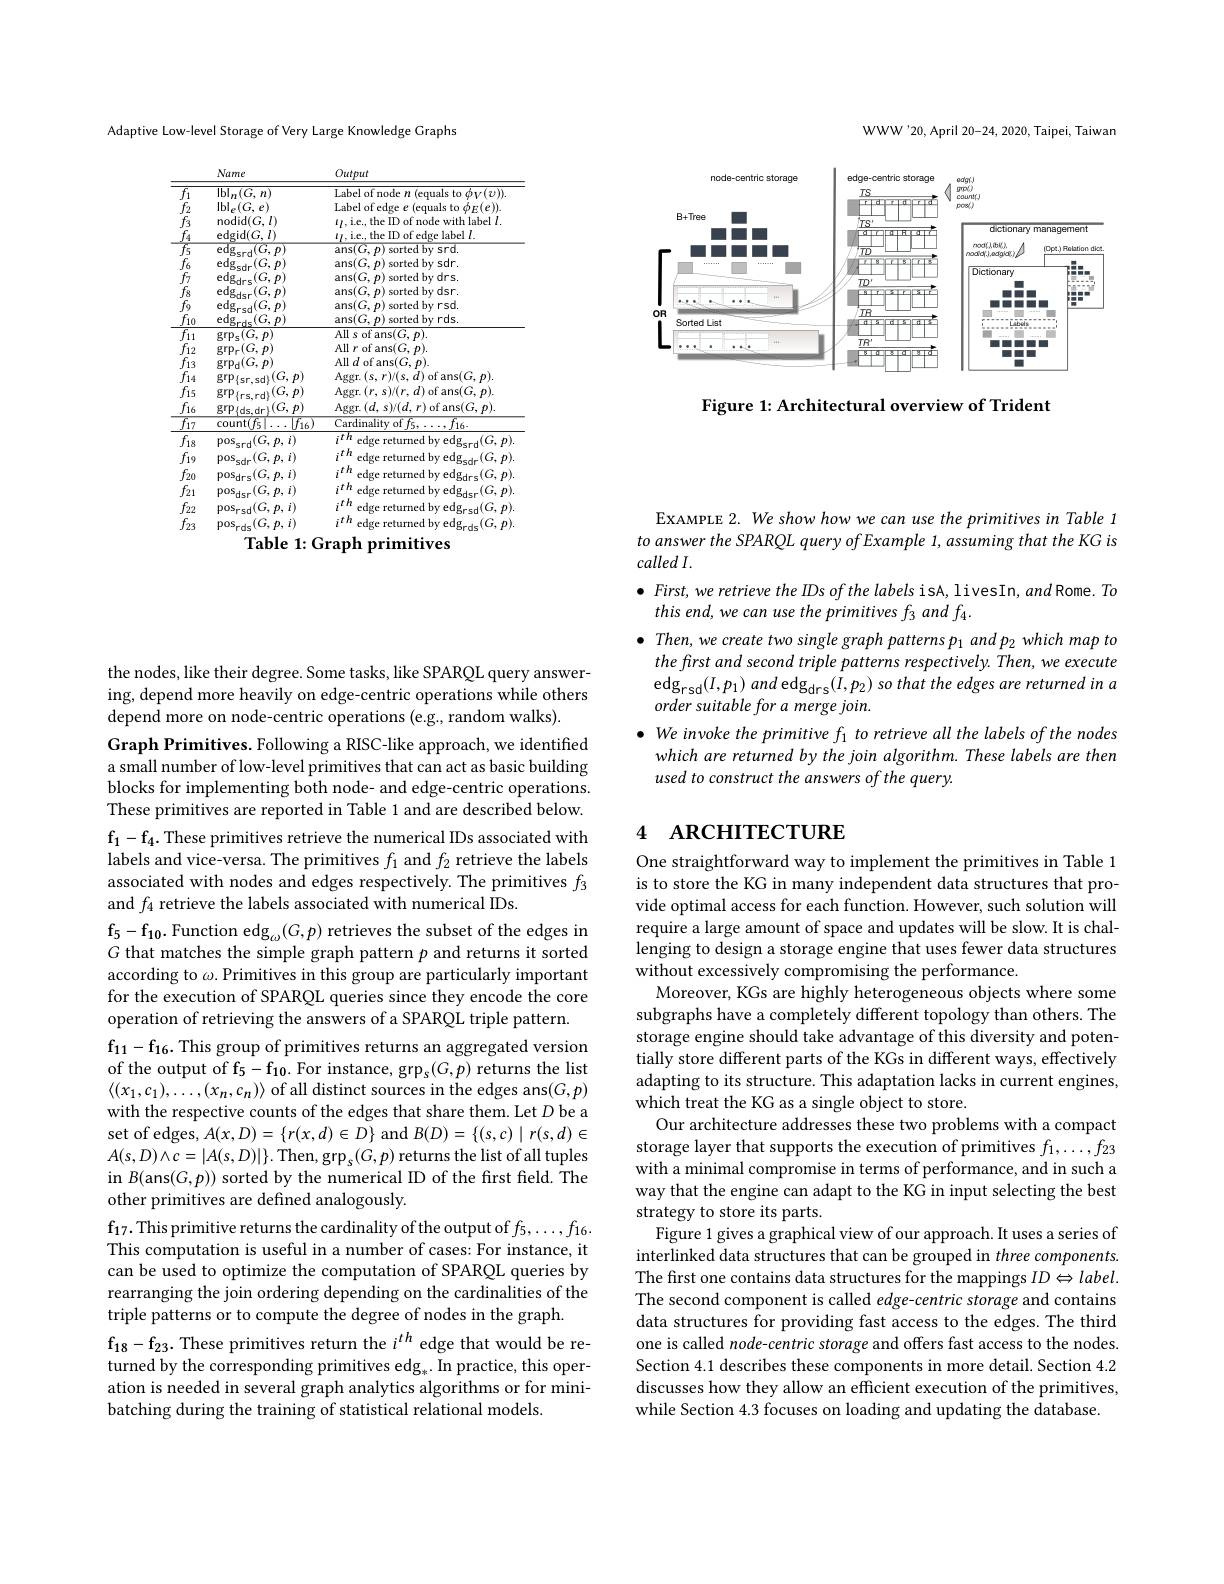
Adaptive Low-level Storage of Very Large Knowledge Graphs

<table>
	<tbody>
		<tr>
			<th> </th>
			<th>Name</th>
			<th>Output</th>
		</tr>
		<tr>
			<td>$\overline{f_{1}}$</td>
			<td>$\operatorname{Ibl}_n(G,n)$</td>
			<td>$\overline{\text{Label of node }n\text{ (equals to }\phi_V(v)).}$</td>
		</tr>
		<tr>
			<td>$f_{2}$ 1</td>
			<td>$\mathrm{Ibl}_{e}(G,e)$</td>
			<td>Label of edge $e$ (equals to $\phi_E(e)).$</td>
		</tr>
		<tr>
			<td>$f_{3}$</td>
			<td>${\mathrm{nodid}}(G,l)$</td>
			<td>$\iota_{I,\mathrm{~i.e.,~the~ID~of~node~with~label~}I}.$</td>
		</tr>
		<tr>
			<td>$f_{A}$</td>
			<td>$\operatorname{edgid}(G,l)$</td>
			<td>$u.ie.theIDofedgelabell.$</td>
		</tr>
		<tr>
			<td>$\overline{f_{5}}$</td>
			<td>$edg.$ $rd(G,p)$</td>
			<td>ans(G.p)s sorted bv srd</td>
		</tr>
		<tr>
			<td>$f_{L}$</td>
			<td>edg</td>
			<td>$ans(G,p)$ sorted bv sdr.</td>
		</tr>
		<tr>
			<td>$f_{7}$</td>
			<td>edg</td>
			<td>$ans(G,p)$ sorted by drs</td>
		</tr>
		<tr>
			<td>$F_{r}$</td>
			<td> </td>
			<td>ans(G,n) sorted hv dsr</td>
		</tr>
		<tr>
			<td>$f_{a}$</td>
			<td>2</td>
			<td>ans(G,n) snri ted by rsd</td>
		</tr>
		<tr>
			<td> </td>
			<td> </td>
			<td>ans(G,n) ST edbvrds</td>
		</tr>
		<tr>
			<td> </td>
			<td> </td>
			<td>AII s $of_{2ne}(c$ n</td>
		</tr>
		<tr>
			<td>$f_{13}$</td>
			<td>$\operatorname{grp}_{\mathrm{d}}(G,p)$</td>
			<td>All $d$ of ans$(G,p).$</td>
		</tr>
		<tr>
			<td>14 1</td>
			<td>$\operatorname{grp}\{sr,sd\}$</td>
			<td>LART. $i,r)/(s,d)$ ot ans$(G,p).$ 1.5.</td>
		</tr>
		<tr>
			<td>15 1 1 1 1</td>
			<td>$\operatorname{grp}_{\{\mathrm{rs,rd}\}}$</td>
			<td>$\operatorname{Aggr.}\left(r,\right)$ $s)/(r,d)$ of ans$(G,p).$ $\therefore\angle AC=\angle AC$</td>
		</tr>
		<tr>
			<td>16 1</td>
			<td>$\operatorname{grp}\{$ds,dr$\}$ $(G,p)$</td>
			<td>Aggr. $( d, s) / ( d, r)$ of ans$(G,p).$</td>
		</tr>
		<tr>
			<td>17 1</td>
			<td>count</td>
			<td>Cardinality of $f_5, \ldots$ $,f_{16}.$</td>
		</tr>
		<tr>
			<td>$f_{18}$</td>
			<td>$\mathrm{pos}_{\mathrm{srd}}(G,p,i)$</td>
			<td>$:TI.$ edge returned by edgsrd$(G,p)$</td>
		</tr>
		<tr>
			<td>$f_{19}$ 、</td>
			<td>$\mathrm{pos}_{\mathrm{sdr}}(G,p,i)$</td>
			<td>edge returned by edg$_{\mathrm{sdr}}(G,p)$</td>
		</tr>
		<tr>
			<td>$f_{20}$</td>
			<td>$\mathrm{pos}_{\mathrm{drs}}(G,p,i)$</td>
			<td>edge returned by edg$_{\mathrm{drs}}(G,p)$</td>
		</tr>
		<tr>
			<td>$f_{21}$</td>
			<td>$\mathrm{pos}_{\mathrm{dsr}}(G,p,i)$</td>
			<td>edge returned by edg$_{\mathrm{dsr}}(G,p)$ $:Tr$</td>
		</tr>
		<tr>
			<td>$f_{22}$</td>
			<td>$\mathrm{pos}_{\mathrm{rsd}}(G,p,i)$</td>
			<td>edge returned by edgrsd$(G,p)$</td>
		</tr>
		<tr>
			<td>$f_{23}$</td>
			<td>$\mathrm{pos}_{\mathrm{rds}}(G,p,i)$</td>
			<td>$:TI.$ edge returned by edg$_\mathrm{rds}(G,p)$</td>
		</tr>
	</tbody>
</table>

Table 1: Graph primitives

WWW'20, April 20-24, 2020, Taipei, Taiwan

<FigureHere>

Figure 1: Architectural overview of Trident

the nodes, like their degree. Some tasks, like SPARQL query answering, depend more heavily on edge-centric operations while others depend more on node-centric operations (e.g., random walks).
Graph Primitives. Following a RISC-like approach, we identified a small number of low-level primitives that can act as basic building blocks for implementing both node- and edge-centric operations. These primitives are reported in Table 1 and are described below. $\mathbf{f}_1-\mathbf{f}_4.$ These primitives retrieve the numerical IDs associated with labels and vice-versa. The primitives $f_1$ and $f_2$ retrieve the labels associated with nodes and edges respectively. The primitives $f_3$ and $f_{4}$ retrieve the labels associated with numerical IDs.
$\mathrm{f}_5-\mathrm{f}_{10}.$ Function edg$_\omega(G,p)$ retrieves the subset of the edges in $G$ that matches the simple graph pattern $p$ and returns it sorted according to $\omega$.Primitives in this group are particularly important for the execution of SPARQL queries since they encode the core operation of retrieving the answers of a SPARQL triple pattern.
$f_{11}$- $f_{16}$. This group of primitives returns an aggregated version of the output of f$\mathrm f_5-f_{10}.$ For instance, grp$_s(G,p)$ returns the list $\langle(x_1,c_1),\ldots,(x_n,c_n)\rangle$ of all distinct sources in the edges ans$(G,p)$ with the respective counts of the edges that share them. Let $D$ be a set of edges, $A(x,D)=\{r(x,d)\in D\}$ and $B(D)=\{(s,c)\mid r(s,d)\in$ $A(s,D)\wedge c=|A(s,D)|\}.$ Then, grp$_s(G,p)$ returns the list of all tuples in $B($ans$(G,p))$ sorted by the numerical ID of the first field. The other primitives are defined analogously.
$\mathrm{f}_{17}.$ This primitive returns the cardinality of the output of $f_5,\ldots,f_{16}.$ This computation is useful in a number of cases: For instance, it can be used to optimize the computation of SPARQL queries by rearranging the join ordering depending on the cardinalities of the triple patterns or to compute the degree of nodes in the graph.
$f_{18}$- $f_{23}$. These primitives return the $i^{th}$ edge that would be returned by the corresponding primitives edg$_*.$ In practice, this operation is needed in several graph analytics algorithms or for minibatching during the training of statistical relational models

EXAMPLE 2. We show how we can use the primitives in Table 1 to answer the SPARQL query of Example 1, assuming that the KG is $calledI.$
$\bullet$ First, we retrieve the IDs of the labels isA, livesIn, and Rome. To
this end, we can use the primitives f3 and f4.
$\bullet$ Then, we create two single graph patterns p and p2 which map to
the frst and second triple patterns respectively. Then, we execute edg$_\mathrm{rsd}(I,p_1)$ and edg$_\mathrm{drs}(I,p_2)$ so that the edges are retumed in a order suitable for a merge join.
$\bullet$ We invoke the primitive f to retrieve all the labels of the nodes
which are returned by the join algorithm. These labels are then
used to construct the answers of the query.

# 4 ARCHITECTURE

One straightforward way to implement the primitives in Table 1 is to store the KG in many independent data structures that provide optimal access for each function. However, such solution will require a large amount of space and updates will be slow. It is challenging to design a storage engine that uses fewer data structures without excessively compromising the performance.
Moreover, KGs are highly heterogeneous objects where some subgraphs have a completely different topology than others. The storage engine should take advantage of this diversity and potentially store different parts of the KGs in different ways, effectively adapting to its structure. This adaptation lacks in current engines, which treat the KG as a single object to store.
Our architecture addresses these two problems with a compact storage layer that supports the execution of primitives $f_1,\ldots,f_{23}$ with a minimal compromise in terms of performance, and in such a way that the engine can adapt to the KG in input selecting the best strategy to store its parts.
Figure 1 gives a graphical view of our approach. It uses a series of interlinked data structures that can be grouped in three components. The first one contains data structures for the mappings $ID\Leftrightarrow label.$ The second component is called edge-centric storage and contains data structures for providing fast access to the edges. The third one is called $node- centric\textit{storage and offers fast access to the nodes. }$ Section 4.1 describes these components in more detail. Section 4.2 discusses how they allow an efficient execution of the primitives, while Section 4.3 focuses on loading and updating the database.